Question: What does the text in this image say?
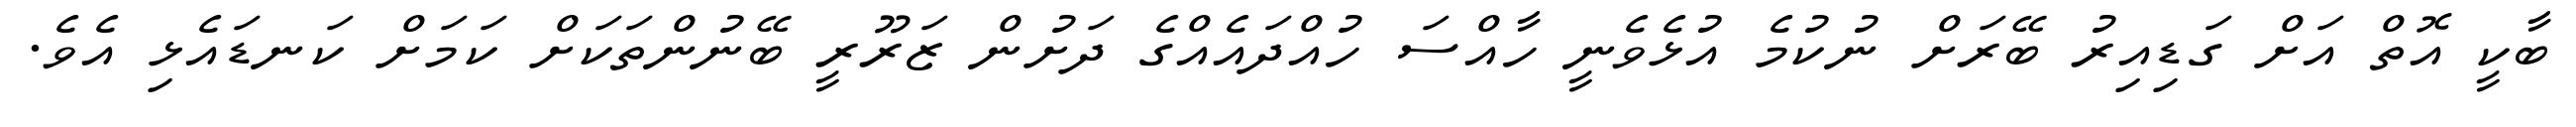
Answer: ބާކީ އޮތް އަށް ގަޑިއިރު ބޭރަށް ނުކުމެ އުޅެވެނީ ހާއްސަ ހުއްދައެއްގެ ދަށުން ޒަރޫރީ ބޭނުންތަކަށް ކަމަށް ކަނޑައެޅި އެވެ.